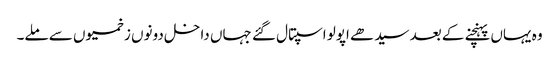
وہ یہاں پہنچنے کے بعد سیدھے اپولو اسپتال گئے جہاں داخل دونوں زخمیوں سے ملے۔